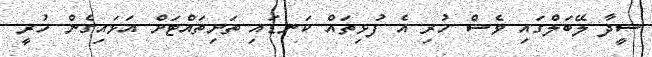
ސީދާ ލޭބަލްގައި ވެސް ހުރި އެ ފުޅިތައް ކަނޑައި ތަށިތައްޓަށް އަޅައިގެން ހުރީ